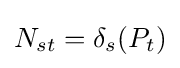
N_{st}=\delta _{s}(P_{t})